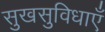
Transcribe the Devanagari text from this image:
सुखसुविधाएँ